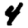
Digit: 4